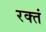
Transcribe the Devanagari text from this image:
रक्तं